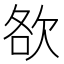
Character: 𣢷